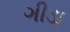
ગીડા